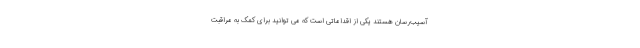
آسیب‌رسان هستند یکی از اقداماتی است که می توانید برای کمک به مراقبت